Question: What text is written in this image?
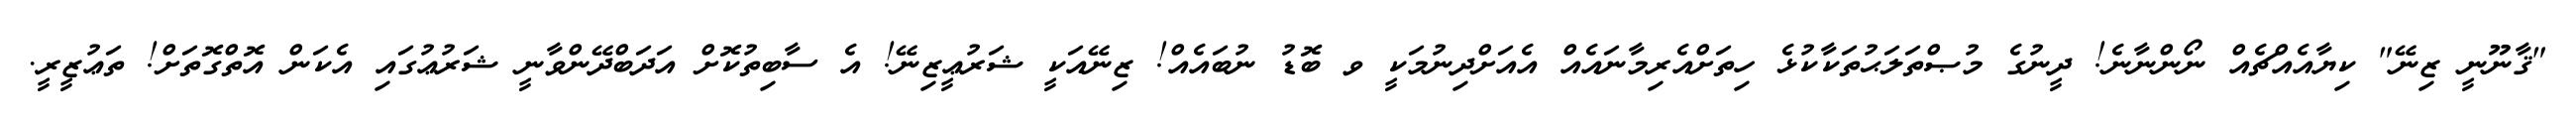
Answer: "ޤާނޫނީ ޒިނޭ" ކިޔާއެއްޗެއް ނޯންނާނެ! ދީނުގެ މުޞްތަލަޙުތަކާކުޅެ ހިތަށްއެރިމާނައެއް އެއަށްދިނުމަކީ ވ ބޮޑު ނުބައެއް! ޒިނޭއަކީ ޝަރުޢީޒިނޭ! އެ ސާބިތުކޮށް އަދަބްދޭންވާނީ ޝަރުޢުގައި އެކަން އޮތްގޮތަށް! ތަޢުޒީރީ.